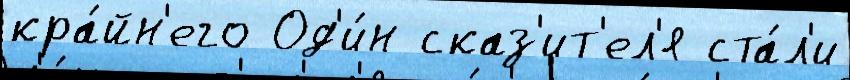
кра́йн'его Од'и́н сказ'ит'ел'я ста́л'и